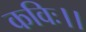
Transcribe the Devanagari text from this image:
कविः।।